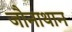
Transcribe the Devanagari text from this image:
जौनाथान